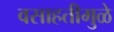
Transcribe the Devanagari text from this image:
वसाहतीमुळे